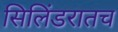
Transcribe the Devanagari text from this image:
सिलिंडरातच